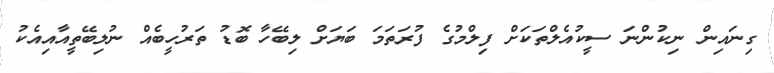
ގިނައިން ނިކުންނަ ސީކުއެލްތަކަށް ފިލްމުގެ ފުރަތަމަ ބަޔަށް ލިބޭހާ ބޮޑު ތަރުހީބެއް ނުލިބޭތީއާއިއެކު